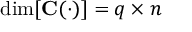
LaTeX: \dim [ \mathbf { C } ( \cdot ) ] = q \times n